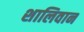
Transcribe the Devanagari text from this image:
शालिवान